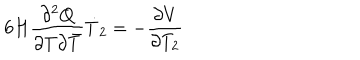
6 H \frac { \partial ^ { 2 } Q } { \partial T \partial { \bar { T } } } \dot { T } _ { 2 } = - \frac { \partial V } { \partial T _ { 2 } }